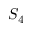
S _ { 4 }